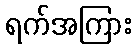
ရက်အကြား